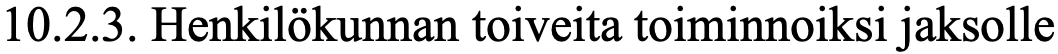
10.2.3. Henkilökunnan toiveita toiminnoiksi jaksolle